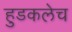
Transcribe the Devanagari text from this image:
हुडकलेच